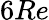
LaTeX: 6Re